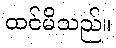
ထင်မိသည်။